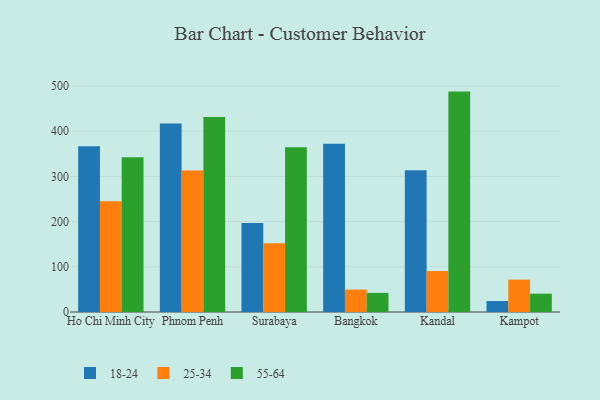
{"axis": {"x": "City", "y": "Tickets Resolved"}, "legend": ["18-24", "25-34", "55-64"], "data": [{"x": "Ho Chi Minh City", "y": 366.6, "type": "18-24"}, {"x": "Ho Chi Minh City", "y": 244.7, "type": "25-34"}, {"x": "Ho Chi Minh City", "y": 342.1, "type": "55-64"}, {"x": "Phnom Penh", "y": 417.1, "type": "18-24"}, {"x": "Phnom Penh", "y": 312.9, "type": "25-34"}, {"x": "Phnom Penh", "y": 431.5, "type": "55-64"}, {"x": "Surabaya", "y": 197.0, "type": "18-24"}, {"x": "Surabaya", "y": 152.3, "type": "25-34"}, {"x": "Surabaya", "y": 364.4, "type": "55-64"}, {"x": "Bangkok", "y": 372.2, "type": "18-24"}, {"x": "Bangkok", "y": 49.6, "type": "25-34"}, {"x": "Bangkok", "y": 42.2, "type": "55-64"}, {"x": "Kandal", "y": 313.7, "type": "18-24"}, {"x": "Kandal", "y": 90.6, "type": "25-34"}, {"x": "Kandal", "y": 487.5, "type": "55-64"}, {"x": "Kampot", "y": 24.2, "type": "18-24"}, {"x": "Kampot", "y": 71.6, "type": "25-34"}, {"x": "Kampot", "y": 40.5, "type": "55-64"}]}